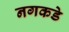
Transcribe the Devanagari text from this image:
नगकडे